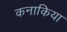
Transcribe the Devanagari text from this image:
कनाकिया